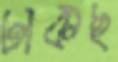
ঢাকছ